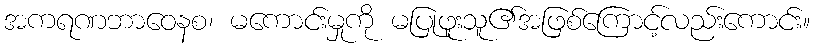
အကရဏဘာဝေနစ၊ မကောင်းမှုကို မပြုဖူးသူ၏အဖြစ်ကြောင့်လည်းကောင်း။